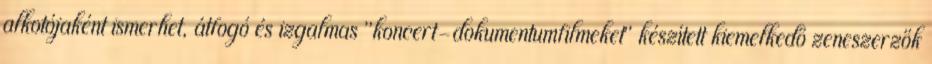
alkotójaként ismerhet, átfogó és izgalmas "koncert-dokumentumfilmeket" készített kiemelkedő zeneszerzők